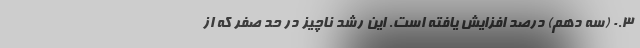
۰.۳ (سه دهم) درصد افزایش یافته است. این رشد ناچیز در حد صفر که از